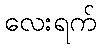
လေးရက်